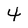
Character: 4